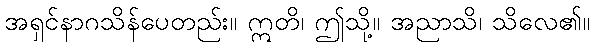
အရှင်နာဂသိန်ပေတည်း။ ဣတိ၊ ဤသို့။ အညာသိ၊ သိလေ၏။